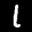
Label: 1